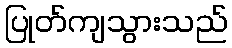
ပြုတ်ကျသွားသည်